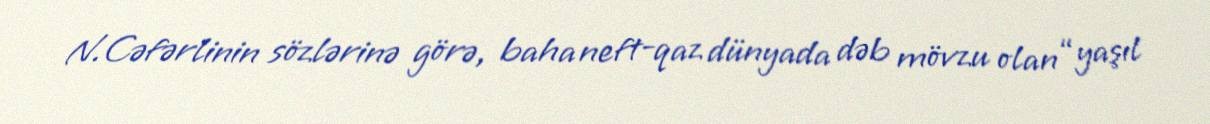
N.Cəfərlinin sözlərinə görə, baha neft-qaz dünyada dəb mövzu olan “yaşıl